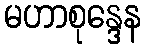
မဟာစုန္ဒေန